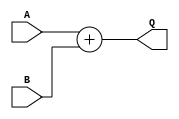

module addN
  #(parameter WID = 4)
   (input wire [WID-1:0] A,
    input wire [WID-1:0] B,
    output wire [WID:0]  Q
    /* */);

   assign Q = A + B;

endmodule // add